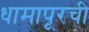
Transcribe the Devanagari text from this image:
धामापूरची